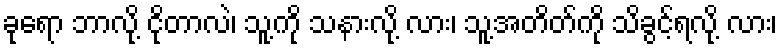
ခုရော ဘာလို့ ငိုတာလဲ၊ သူ့ကို သနားလို့ လား၊ သူ့အတိတ်ကို သိခွင့်ရလို့ လား၊